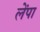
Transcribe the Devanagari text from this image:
लेंपा